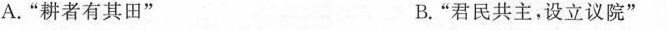
A.”耕者有其田” B.”君民共主，设立议院”